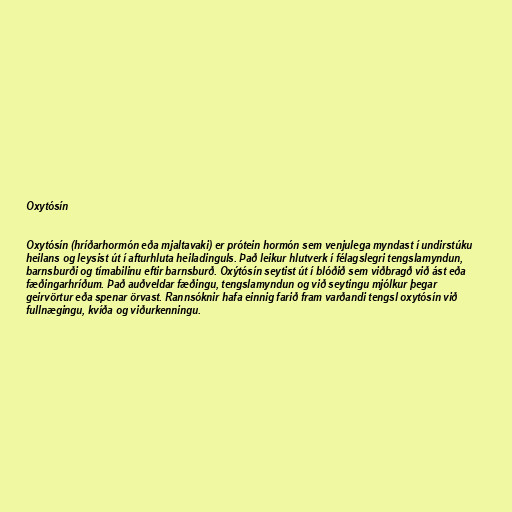
Oxytósín

Oxytósín (hríðarhormón eða mjaltavaki) er prótein hormón sem venjulega myndast í undirstúku
heilans og leysist út í afturhluta heiladinguls. Það leikur hlutverk í félagslegri tengslamyndun,
barnsburði og tímabilinu eftir barnsburð. Oxýtósín seytist út í blóðið sem viðbragð við ást eða
fæðingarhríðum. Það auðveldar fæðingu, tengslamyndun og við seytingu mjólkur þegar
geirvörtur eða spenar örvast. Rannsóknir hafa einnig farið fram varðandi tengsl oxytósín við
fullnægingu, kvíða og viðurkenningu.